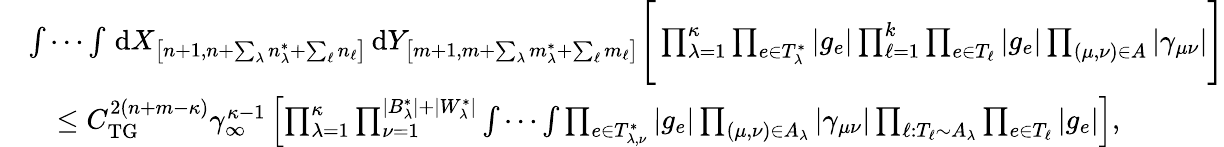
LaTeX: \begin{array}{rl}&{\idotsint\, \textnormal{d}X_{\left[n+1,n+\sum_{\lambda}n_{\lambda}^{*}+\sum_{\ell}n_{\ell}\right]}\, \textnormal{d}Y_{\left[m+1,m+\sum_{\lambda}m_{\lambda}^{*}+\sum_{\ell}m_{\ell}\right]}\Bigg[\prod_{\lambda=1}^{\kappa}\prod_{e\in T_{\lambda}^{*}}|g_{e}|\prod_{\ell=1}^{k}\prod_{e\in T_{\ell}}|g_{e}|\prod_{(\mu,\nu)\in A}\left\vert\gamma_{\mu\nu}\right\vert\Bigg]}\\ &{\quad\leq C_{\textnormal{TG}}^{2(n+m-\kappa)}\gamma_{\infty}^{\kappa-1}\left[\prod_{\lambda=1}^{\kappa}\prod_{\nu=1}^{|B_{\lambda}^{*}|+|W_{\lambda}^{*}|}\idotsint\prod_{e\in T_{\lambda,\nu}^{*}}|g_{e}|\prod_{(\mu,\nu)\in A_{\lambda}}|\gamma_{\mu\nu}|\prod_{\ell:T_{\ell}\sim A_{\lambda}}\prod_{e\in T_{\ell}}|g_{e}|\right],}\end{array}